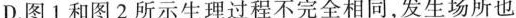
D.图1和图2所示生理过程不完全相同，发生场所也